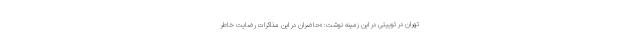
تهران در توییتی در این زمینه نوشت: «حاضران در این مذاکرات رضایت خاطر